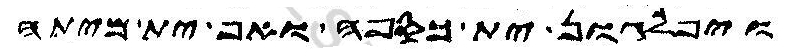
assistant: ויפלגון ית כספה ואף ית מיתה